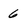
Character: 6